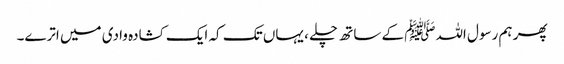
پھر ہم رسول اللہﷺ کے ساتھ چلے ، یہاں تک کہ ایک کشادہ وادی میں اترے۔